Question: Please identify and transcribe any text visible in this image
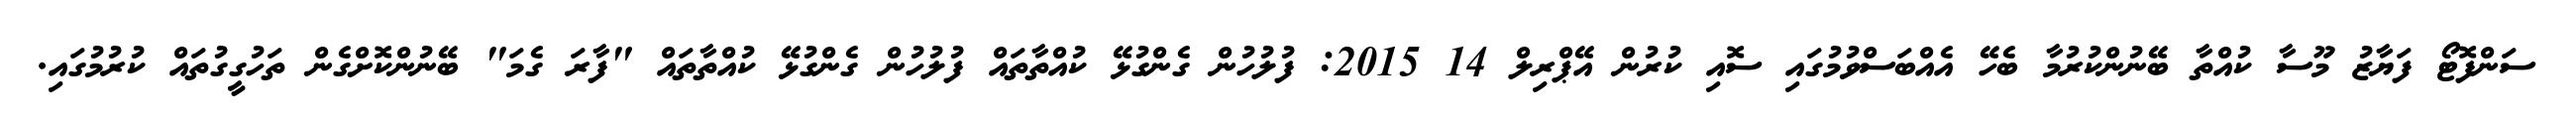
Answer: ސަންފޮޓޯ ފަޔާޒު މޫސާ ކުއްތާ ބޭނުންކުރުމާ ބެހޭ އެއްބަސްވުމުގައި ސޮއި ކުރުން އޭޕްރިލް 14 2015: ފުލުހުން ގެންގުޅޭ ކުއްތާތައް ފުލުހުން ގެންގުޅޭ ކުއްތާތައް "ފާރަ ގެމަ" ބޭނުންކޮށްގެން ތަހުގީގުތައް ކުރުމުގައި.